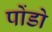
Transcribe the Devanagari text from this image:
पोंडो